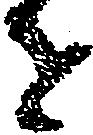
を